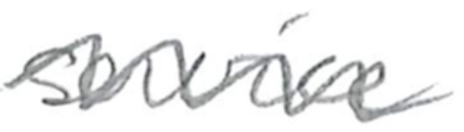
Text: service
Cross-out: wave
Writing tool: pencil